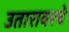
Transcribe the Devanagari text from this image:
उतारावरचे